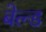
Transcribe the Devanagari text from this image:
बेल्ड